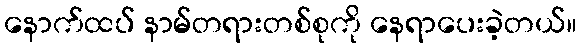
နောက်ထပ် နာမ်တရားတစ်စုကို နေရာပေးခဲ့တယ်။